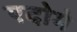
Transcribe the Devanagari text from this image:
एदोमे